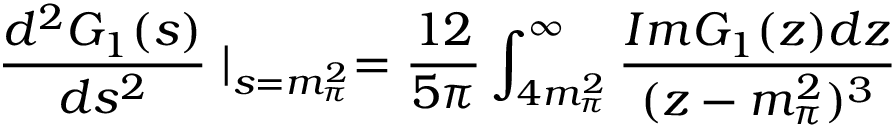
\frac { d ^ { 2 } G _ { 1 } ( s ) } { d s ^ { 2 } } \mid _ { s = m _ { \pi } ^ { 2 } } = \frac { 1 2 } { 5 \pi } \int _ { 4 m _ { \pi } ^ { 2 } } ^ { \infty } \frac { I m G _ { 1 } ( z ) d z } { ( z - m _ { \pi } ^ { 2 } ) ^ { 3 } }